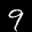
Label: 9